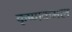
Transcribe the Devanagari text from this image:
कृष्णकमल